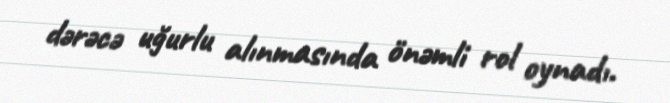
dərəcə uğurlu alınmasında önəmli rol oynadı.